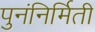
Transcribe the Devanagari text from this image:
पुनंनिर्मिती